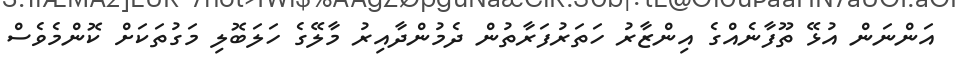
އަންނަން އުޅޭ ތޫފާނެއްގެ އިންޒާރު ހަތަރުފަރާތުން ދެމުންދާއިރު މާލޭގެ ހަލަބޮލި މަގުތަކަށް ކޮންމެވެސް